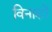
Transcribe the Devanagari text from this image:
विनाशों